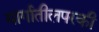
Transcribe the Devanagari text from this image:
मार्गातीलपरकी